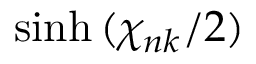
\sinh { ( \chi _ { n k } / 2 ) }